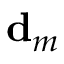
\mathbf { d } _ { m }